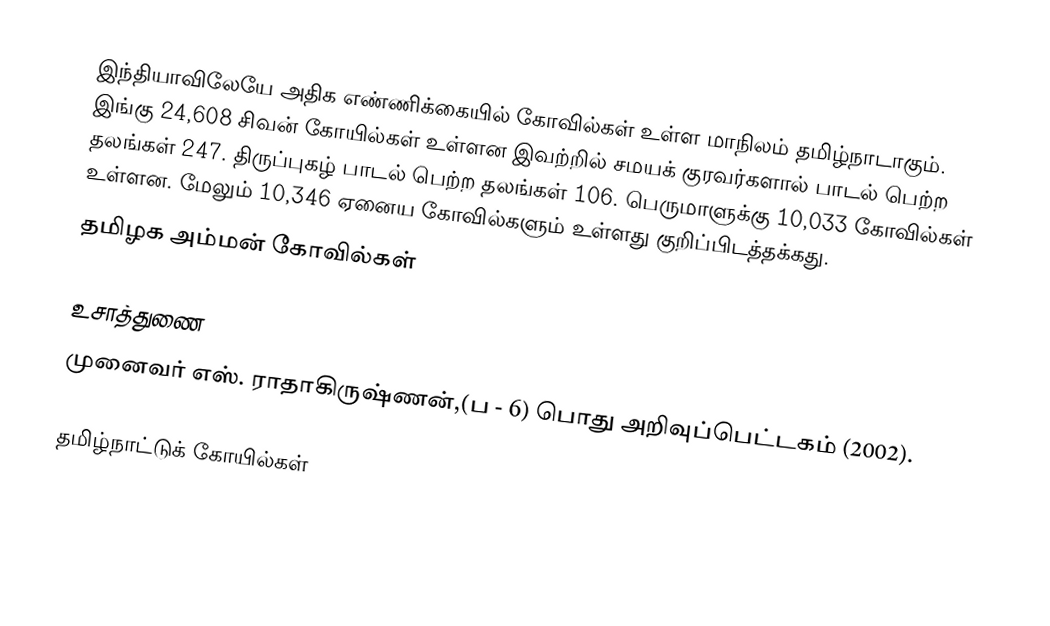
இந்தியாவிலேயே அதிக எண்ணிக்கையில் கோவில்கள் உள்ள மாநிலம் தமிழ்நாடாகும். இங்கு 24,608 சிவன் கோயில்கள் உள்ளன இவற்றில் சமயக் குரவர்களால் பாடல் பெற்ற தலங்கள் 247. திருப்புகழ் பாடல் பெற்ற தலங்கள் 106. பெருமாளுக்கு 10,033 கோவில்கள் உள்ளன. மேலும் 10,346 ஏனைய கோவில்களும் உள்ளது குறிப்பிடத்தக்கது.
தமிழக அம்மன் கோவில்கள்

உசாத்துணை
முனைவர் எஸ். ராதாகிருஷ்ணன்,(ப - 6) பொது அறிவுப்பெட்டகம் (2002).

தமிழ்நாட்டுக் கோயில்கள்